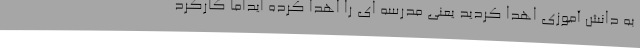
به دانش آموزی اهدا کردید یعنی مدرسه ای را اهدا کرده ایداما کارکرد